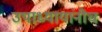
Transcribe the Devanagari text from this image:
उपाध्यायांनीच